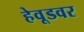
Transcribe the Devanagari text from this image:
हेवूडवर